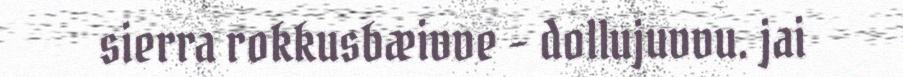
sierra rokkusbæivve - dollujuvvu. jai